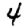
Digit: 4